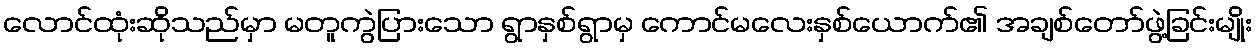
လောင်ထုံးဆိုသည်မှာ မတူကွဲပြားသော ရွာနှစ်ရွာမှ ကောင်မလေးနှစ်ယောက်၏ အချစ်တော်ဖွဲ့ခြင်းမျိုး